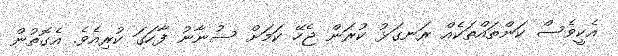
އެކީވެސް ކަންތައްތަކެއް ރަނގަޅު ކުރަން ޖެހޭ ކަމަށް ސުނާނު ފާހަގަ ކުރިއެވެ. އެގޮތުން